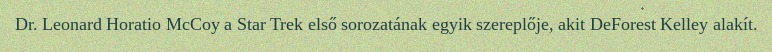
Dr. Leonard Horatio McCoy a Star Trek első sorozatának egyik szereplője, akit DeForest Kelley alakít.